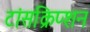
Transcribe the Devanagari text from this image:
टांसक्रिप्शन